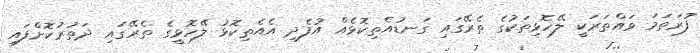
ފުރަތަމަ ވައްތަރަކީ ލޭހޮޅިތަކުގެ ތެރޭގައި ގަނޑުއެތިކޮޅެއް އުފެދި އެއެތިކޮޅު ލޭހޮޅީގެ ތެރޭގައި ދަތުރުކޮށްފައި